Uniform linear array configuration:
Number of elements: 8
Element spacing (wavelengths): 0.75
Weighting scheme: kaiser
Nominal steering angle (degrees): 45
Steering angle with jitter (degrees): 43.898
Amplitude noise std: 0.05
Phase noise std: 0.05

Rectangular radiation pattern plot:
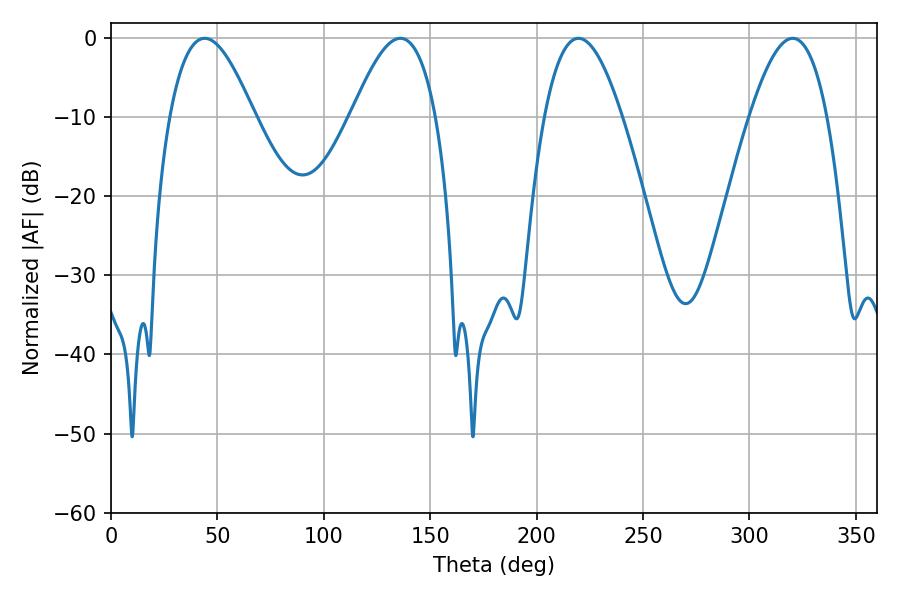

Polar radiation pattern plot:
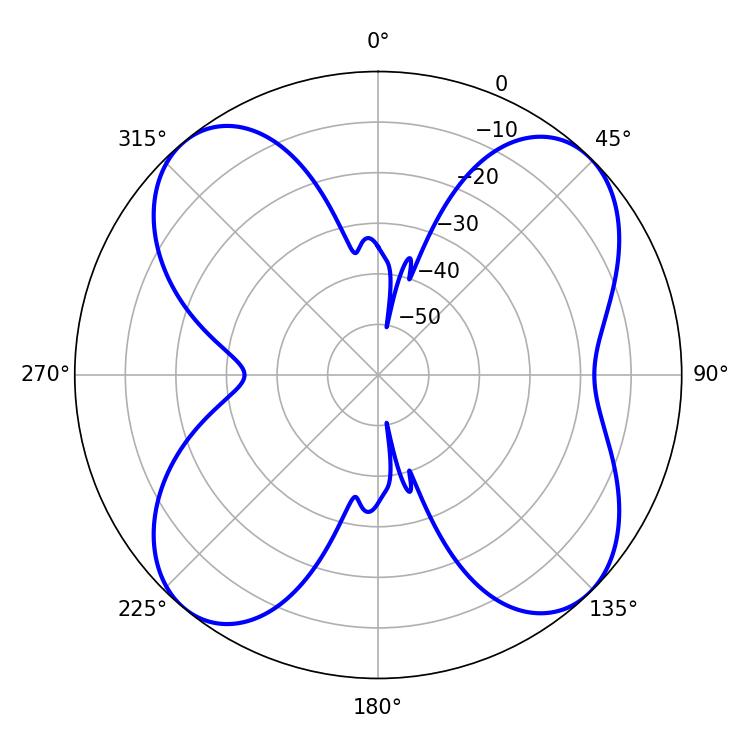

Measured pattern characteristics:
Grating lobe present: TRUE
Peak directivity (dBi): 12.682
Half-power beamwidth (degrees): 19.98
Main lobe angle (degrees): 219.6